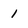
Character: 1